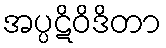
အပ္ပဋိဝိဒိတာ